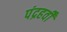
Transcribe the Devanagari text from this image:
पंद्रहवीँ